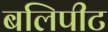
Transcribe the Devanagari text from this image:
बलिपीट